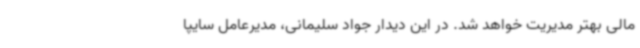
مالی بهتر مدیریت خواهد شد. در این دیدار جواد سلیمانی، مدیرعامل سایپا